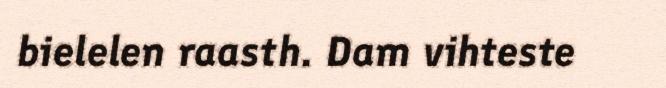
bielelen raasth. Dam vihteste